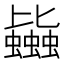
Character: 𧔯